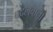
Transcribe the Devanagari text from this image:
बदलवाना